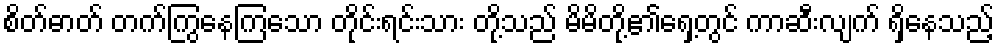
စိတ်ဓာတ် တက်ကြွနေကြသော တိုင်းရင်းသား တို့သည် မိမိတို့၏ရှေ့တွင် ကာဆီးလျက် ရှိနေသည့်